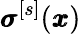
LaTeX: {\pmb\sigma}^{[s]}({\pmb x})